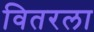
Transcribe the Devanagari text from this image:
वितरला